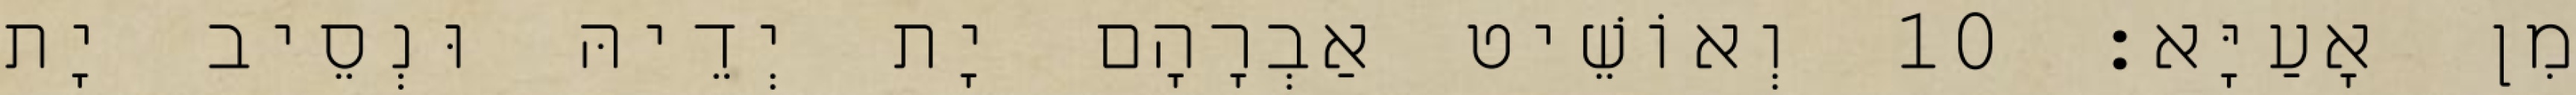
מִן אָעַיָּא׃ 10 וְאוֹשֵׁיט אַבְרָהָם יָת יְדֵיהּ וּנְסֵיב יָת